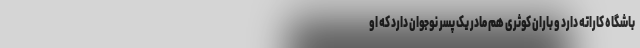
باشگاه کاراته دارد و باران کوثری هم مادر یک پسر نوجوان دارد که او